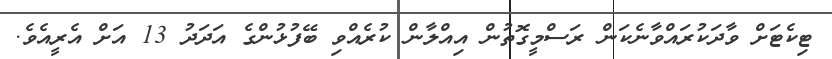
ޓިކެޓަށް ވާދަކުރައްވާނެކަން ރަސްމީގޮތުން އިއްލާން ކުރެއްވި ބޭފުޅުންގެ އަދަދު 13 އަށް އެރީއެވެ.